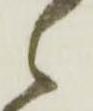
候